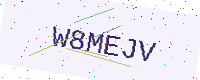
Text: W8MEJV